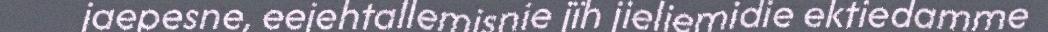
jaepesne, eejehtallemisnie jïh jieliemidie ektiedamme